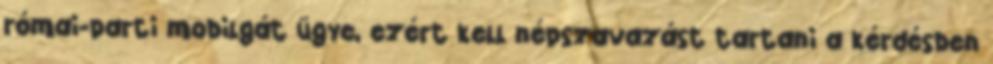
római-parti mobilgát ügye, ezért kell népszavazást tartani a kérdésben